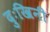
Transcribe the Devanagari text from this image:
दुःखिनी